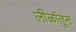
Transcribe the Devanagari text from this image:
लीळांतून